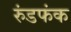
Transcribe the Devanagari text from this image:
रुंडफंक